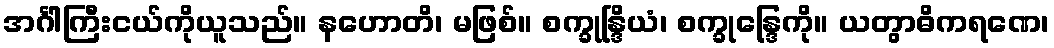
အင်္ဂါကြီးငယ်ကိုယူသည်။ နဟောတိ၊ မဖြစ်။ စက္ခုန္ဒြိယံ၊ စက္ခုန္ဒြေကို။ ယတွာဓိကရဏေ၊